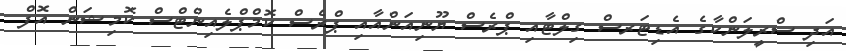
އަދި ސްރީލަންކާގެ އެޑިޓަރސް ގިލްޓާއި ޕްރެސް ޔޫނިއަންއާއި ޕްރެސް ކޮމްޕްލެއިންޓްސް ކޮމިޝަން އޮފް